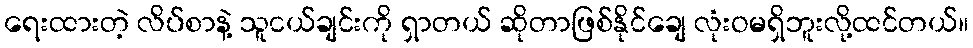
ရေးထားတဲ့ လိပ်စာနဲ့ သူငယ်ချင်းကို ရှာတယ် ဆိုတာဖြစ်နိုင်ချေ လုံးဝမရှိဘူးလို့ထင်တယ်။